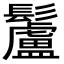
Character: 䰕